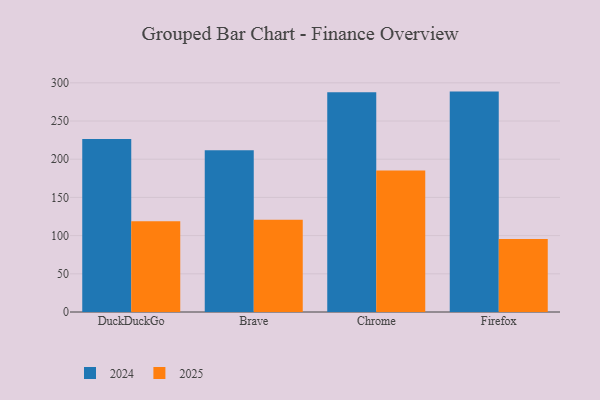
{"axis": {"x": "Browser", "y": "Website Visitors"}, "legend": ["2024", "2025"], "data": [{"x": "DuckDuckGo", "y": 118.9, "type": "2025"}, {"x": "DuckDuckGo", "y": 226.3, "type": "2024"}, {"x": "Brave", "y": 120.6, "type": "2025"}, {"x": "Brave", "y": 211.6, "type": "2024"}, {"x": "Chrome", "y": 185.1, "type": "2025"}, {"x": "Chrome", "y": 287.7, "type": "2024"}, {"x": "Firefox", "y": 95.7, "type": "2025"}, {"x": "Firefox", "y": 288.5, "type": "2024"}]}